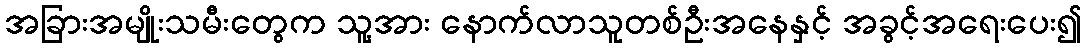
အခြားအမျိုးသမီးတွေက သူ့အား နောက်လာသူတစ်ဦးအနေနှင့် အခွင့်အရေးပေး၍